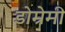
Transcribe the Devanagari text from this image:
डोम्रेमी